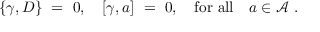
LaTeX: \{ \gamma , D \} \ = \ 0 , \quad [ \gamma , a ] \ = \ 0 , \quad \mathrm { f o r \ a l l } \quad a \in { \mathcal A } \ .